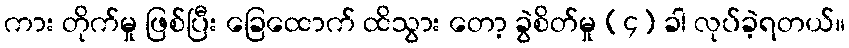
ကား တိုက်မှု ဖြစ်ပြီး ခြေထောက် ထိသွား တော့ ခွဲစိတ်မှု (၄) ခါ လုပ်ခဲ့ရတယ်။